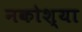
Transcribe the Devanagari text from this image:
नकोश्या